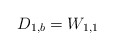
\begin{align*}D_{1,b}&=W_{1,1} \end{align*}